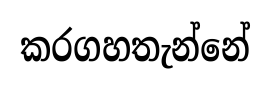
කරගහතැන්නේ